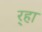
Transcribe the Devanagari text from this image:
र्‍हा